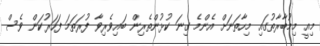
މިއީ މިމުބާރާތުގައި މިހާތަނަށް އެންމެ ގިނަ ކުޅުންތެރިން ބައިވެރިވާ ފުރަތަމަ ފަހަރުކަން ވެސް